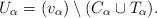
LaTeX: \begin{align*}U_{\alpha}=(v_{\alpha})\setminus (C_{\alpha}\cup T_{\alpha}).\end{align*}